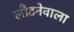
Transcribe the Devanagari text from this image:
लौटनेवाला